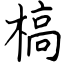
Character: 槁